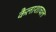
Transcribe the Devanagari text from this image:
कैलाशाचल